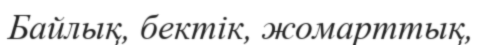
Байлық, бектік, жомарттық,